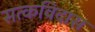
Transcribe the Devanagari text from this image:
सत्कविदास